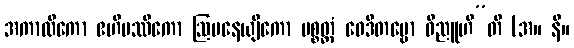
အကာလိကော ဧဟိပဿိကော ဩပနေယျိကော ပစ္စတ္တံ ဝေဒိတဗ္ဗော ဝိညူဟီ”တိ (အ။ နိ။